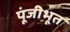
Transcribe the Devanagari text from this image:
पूंजीभूत